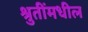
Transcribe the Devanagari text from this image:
श्रुतींमधील